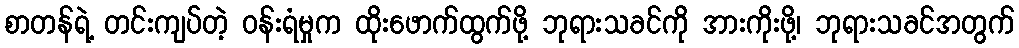
စာတန်ရဲ့ တင်းကျပ်တဲ့ ဝန်းရံမှုက ထိုးဖောက်ထွက်ဖို့ ဘုရားသခင်ကို အားကိုးဖို့၊ ဘုရားသခင်အတွက်